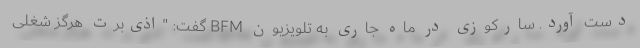
دست آورد. سارکوزی در ماه جاری به تلویزیون BFM گفت: "اذی‌برت هرگز شغلی